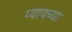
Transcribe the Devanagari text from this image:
प्यायच्या